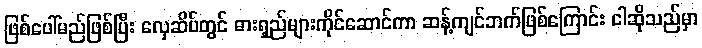
ဖြစ်ပေါ်မည်ဖြစ်ပြီး လှေဆိပ်တွင် ဓားရှည်များကိုင်ဆောင်ကာ ဆန့်ကျင်ဘက်ဖြစ်ကြောင်း ငါဆိုသည်မှာ